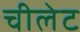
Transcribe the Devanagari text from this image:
चीलेट